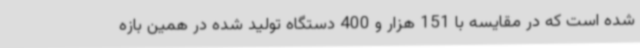
شده است که در مقایسه با 151 هزار و 400 دستگاه تولید شده در همین بازه